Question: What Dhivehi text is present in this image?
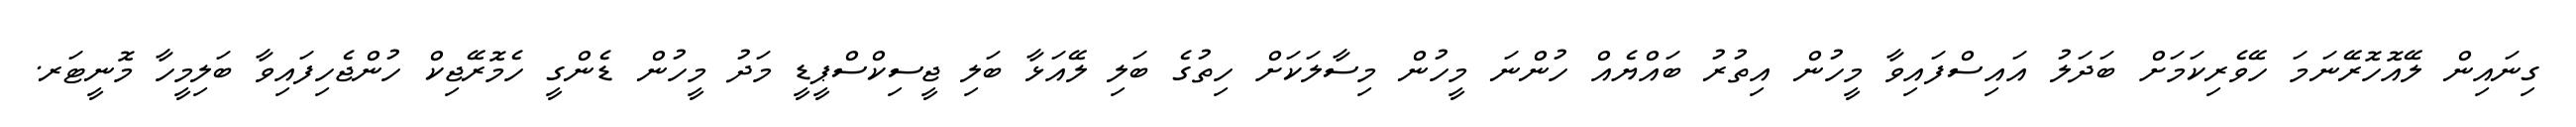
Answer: ގިނައިން ލޭއޮހޮރޭނަމަ ހޭވެރިކަމަށް ބަދަލު އައިސްފައިވާ މީހުން އިތުރު ބައްޔެއް ހުންނަ މީހުން މިސާލަކަށް ހިތުގެ ބަލި ލޭއަޅާ ބަލި ޖީސިކްސްޕީޑީ މަދު މީހުން ޑެންގީ ހެމޮރޭޖިކް ހުންޖެހިފައިވާ ބަލިމީހާ މޮނީޓަރ.